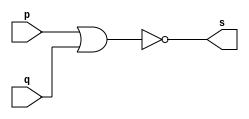
// Exemplo0007 - NOR
// Nome: Silvino Henrique Santos de Souza
// -------------------------
// ------------------------- 
// -- nor gate 
// ------------------------- 
module norgate ( output s, 
input p, q); 
assign s = ~(p | q); 
endmodule // norgate 
// --------------------- 
// -- test or gate 
// --------------------- 
module testnorgate; 
// ------------------------- dados locais 
reg a, b; // definir registradores 
wire s; // definir conexao (fio) 
// ------------------------- instancia 
norgate NOR1 (s, a, b); 
// ------------------------- preparacao 
initial begin:start 
a=0; b=0; 
end 
// ------------------------- parte principal 
initial begin 
$display("Exemplo0007 - Silvino Henrique Santos de Souza - 412773"); 
$display("Test NOR gate"); 
$display("\na & b = s\n"); 
a=0; b=0; 
#1 $display("%b & %b = %b", a, b, s); 
a=0; b=1; 
#1 $display("%b & %b = %b", a, b, s); 
a=1; b=0; 
#1 $display("%b & %b = %b", a, b, s); 
a=1; b=1; 
#1 $display("%b & %b = %b", a, b, s); 
end 
endmodule // testorgate